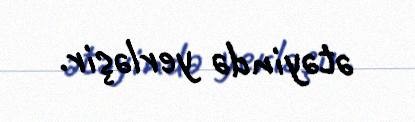
ətəyində yerləşir.